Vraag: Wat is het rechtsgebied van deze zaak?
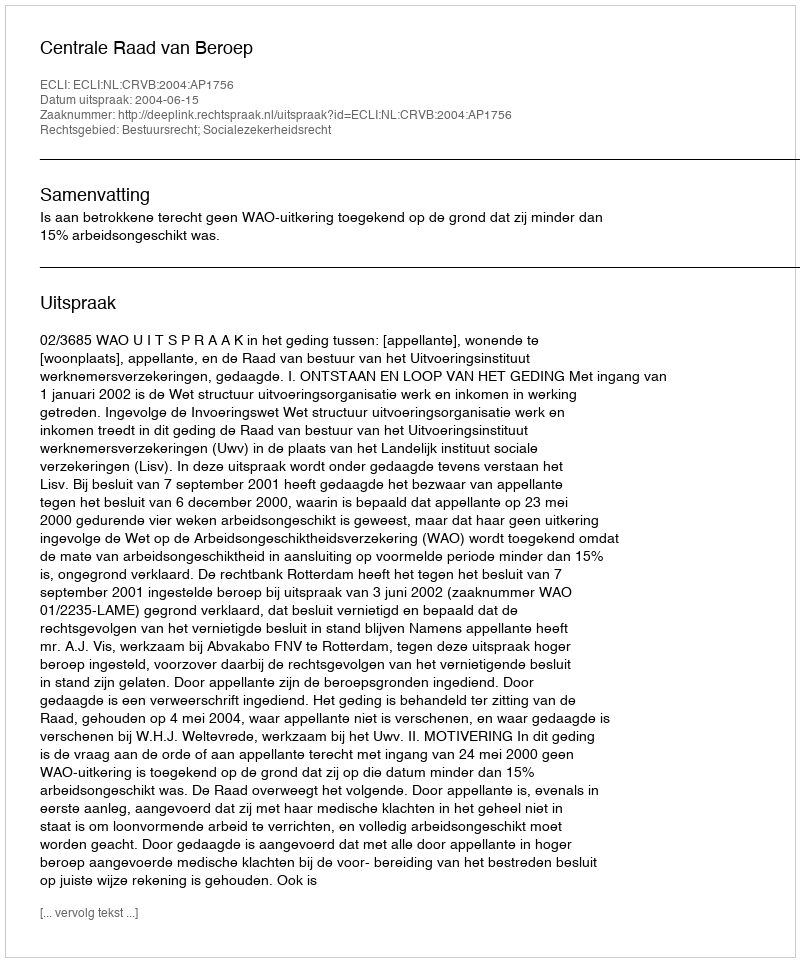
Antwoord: Bestuursrecht; Socialezekerheidsrecht